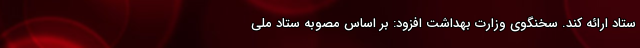
ستاد ارائه کند. سخنگوی وزارت بهداشت افزود: بر اساس مصوبه ستاد ملی